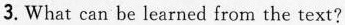
3.What can be learned from the text?